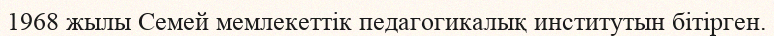
1968 жылы Семей мемлекеттік педагогикалық институтын бітірген.